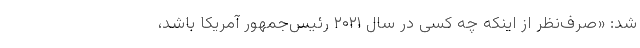
شد: «صرف‌نظر از اینکه چه کسی در سال ۲۰۲۱ رئیس‌جمهور آمریکا باشد،